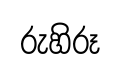
රුහිරූ